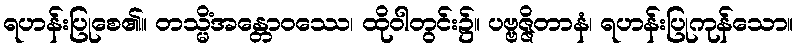
ရဟန်းပြုစေ၏။ တသ္မိံအန္တောဝဿေ၊ ထိုဝါတွင်း၌။ ပဗ္ဗဇ္ဇိတာနံ၊ ရဟန်းပြုကုန်သော။